Tezpur Lunatic Asylum reports 1877-1894 - 1877-1894
Year: 1877
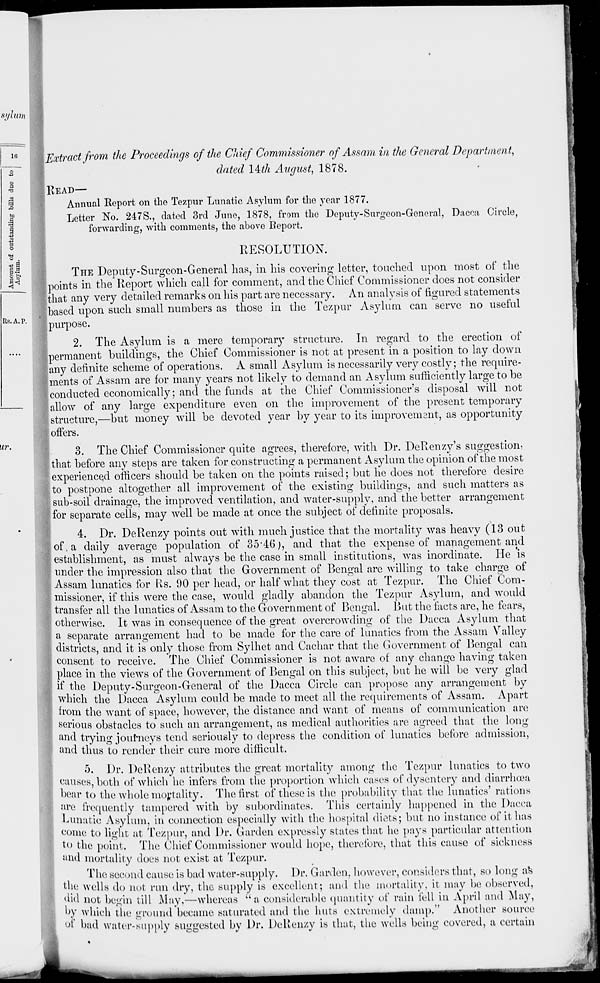
l(i
a
A
to
3
O
C 3
P
\~Extract from the Proceedings of the Chief Commissioner of Assam in the General Department,
dated l&h August, 1878.
READ—
Annual Report on the Tezpur Lunatic Asylum for the year 1877.
Letter No. 247S., dated 3rd June, 1878, from the Deputy-Surgeon-Gencral, Dacca Circle,
forwarding, with comments, the above Report.
RESOLUTION.
THE Deputy-Surgeon-General has, in his covering letter, toadied upon most of the
I points in the Report which call for comment, and the Chief Commissioner does not consider
that any very detailed remarks on his part are necessary. An analysis of figured statements
based upon such small numbers as those in the Tezpur Asylum can serve no useful
purpose.
2. The Asylum is a mere temporary structure. In regard to the erection of
permanent buildings, the Chief Commissioner is not at present in a position to lay down
any definite scheme of operations. A small Asylum is necessarily very costly; the require-
ments of Assam are for many years not likely to demand an Asylum sufficiently large to be
conducted economically; and the funds at the Chief Commissioner's disposal will not
allow of any large expenditure even on the improvement of the present temporary
structure,—but money will be devoted year by year to its improvement, as opportunity
offers.
3. The Chief Commissioner quite agrees, therefore, with Dr. DeRenzy's suggestion,
that before any steps are taken for constructing a permanent Asylum the opinion of the most
experienced officers should be taken on the points raised; but he does not therefore desire
to postpone altogether all improvement of the existing buildings, and such matters as
sub-soil drainage, the improved ventilation, and water-supply, and the better arrangement
for separate cells, may well be made at once the subject of definite proposals.
4. Dr. DeRenzy points out with much justice that the mortality was heavy (13 out
of. a daily average population of 35*46), and that the expense of management and
establishment, as must always be the case in small institutions, was inordinate. He is
under the impression also that the Government of Bengal are willing to take charge of
Assam lunatics for Rs. 90 per head, or half what they cost at Tezpur. The Chief Com-
missioner, if this were the case, would gladly abandon the Tezpur Asylum, and would
transfer all the lunatics of Assam to the Government of Bengal. But the facts are, he fears,
otherwise. It was in consequence of the great overcrowding of the Dacca Asylum that
a separate arrangement had to be made for the care of lunatics from the Assam Valley
districts, and it is only those from Sylhet and Cachar that the Government of Bengal can
consent to receive. The Chief Commissioner is not aware of any change having taken
place in the views of the Government of Bengal on this subject, but he will be very glad
if the Deputy-Surgeon-General of the Dacca Circle can propose any arrangement by
which the Dacca Asylum could be made to meet all the requirements of Assam. Apart
fmm the Avant of space, however, the distance and want of means of communication are
serious obstacles to such an arrangement, as medical authorities are agreed that the loni!*
and trying journeys tend seriously to depress the condition of lunatics before admission,
and thus to render their cure more difficult.
5. Dr. Delvenzy attributes the great mortality among the Tezpur lunatics to two
causes, both of which he infers from the proportion which cases of dysentery and diarrhoea
hear to the whole mortality. The first of these is the probability that the lunatics' rations
are frequently tampered with by subordinates. This certainly happened in the Dacca
Lunatic Asylum, in connection especially with the hospital diets; but no instance of it has
come to light at Tezpur, and Dr. Garden expressly states that he pays particular attention
to the point. The Chief Commissioner would hope, therefore, that this cause of sickness
and mortality does not exist at Tezpur,
The second cause is bad water-supply. Dr. Garden, however, considers that, so long as
the wells do not run dry, the supply is excellent; and rhe mortality, it may be observed,
did not begin till May,—whereas "a considerable quantity of rain fell in April and May,
by which the ground became saturated and the huts extremely damp." Another source
01 bad water-supply suggested by Dr. Deltenzy is that, the wells being covered, a certain